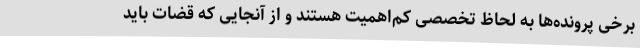
برخی پرونده‌ها به لحاظ تخصصی کم‌اهمیت هستند و از آنجایی که قضات باید